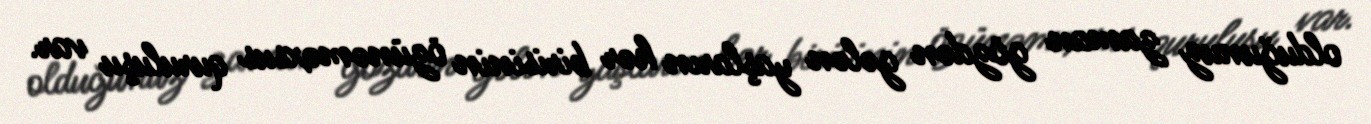
olduğunuz zaman gözdən gələn yaşların hər birisinin özünəməxsus quruluşu var.